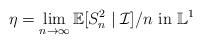
LaTeX: \begin{align*} \eta=\lim_{n\to \infty}\mathbb E[S_n^2\mid\mathcal I]/n\mbox{ in }\mathbb L^1 \end{align*}